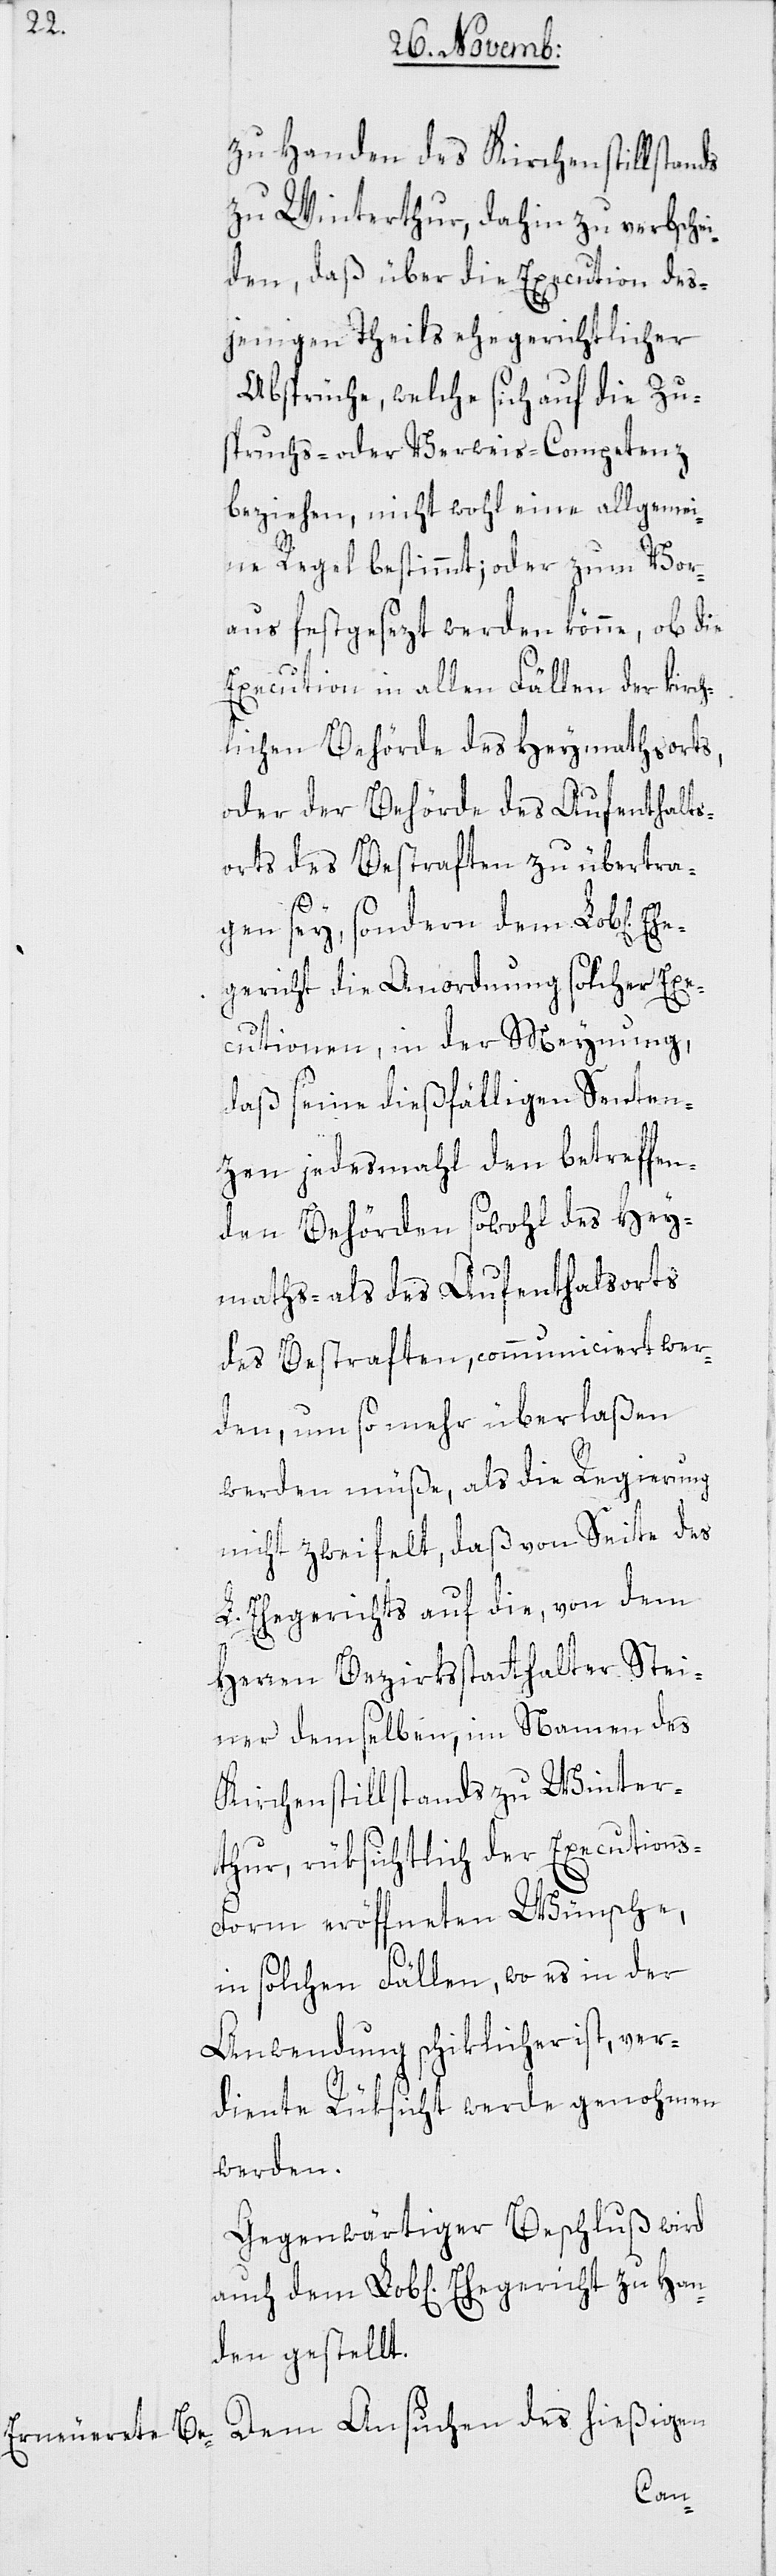
Eh¬

zu Handen des Kirchenstillstands
zu Winterthur, dahin zu verbschei¬
den, daß über die Execution des¬
jenigen Theils ehegerichtlicher
Absprüche, welche sich auf die Zu¬
spruchs- oder Verweis-Competenz
beziehen, nicht wohl eine allgemei¬
ne Regel bestimmt; oder zum Vor¬
aus festgesezt werden könne, ob die
Execution in allen Fällen der kirch¬
lichen Behörde des Heymathsorts,
oder der Behörde des Aufenthalts¬
orts des Bestraften zu übertra¬
gen sey, sondern dem Lob[lichen]
egericht die Anordnung solcher Exe¬
cutionen, in der Meynung,
daß seine dießfälligen Senten¬
zen jedesmahl den betreffen¬
den Behörden sowohl des Hey¬
maths- als des Aufenthaltsorts
des Bestraften, communiciert wer¬
den, um so mehr überlaßen
werden müße, als die Regierung
nicht zweifelt, daß von Seite des
L. Ehegerichts auf die, von dem
Herren Bezirksstatthalter Stei¬
ner demselben, im Namen des
Kirchenstillstands zu Winter¬
thur, rüksichtlich der Execution¬
s-Form eröffneten Wünsche,
in solchen Fällen, wo es in der
Anwendung schiklicher ist, ver¬
diente Rüksicht werde genohmen
werden.
Gegenwärtiger Beschluß wird
den gestellt.
Dem Ansuchen des hießigen
Han¬